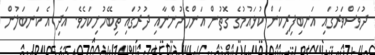
ދުވަސްވަރުގައި އަނބިފިރިކަން ކުޅައުމުގެ ގޮތުން އަންހެނުންނާއި ދުރުގައި ތިބޭހުށިކަމެވެ. އަދި އެ ކަނބަލުން